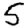
Digit: 5